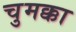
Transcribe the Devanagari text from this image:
चुमक्का